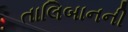
તાલિબાનની